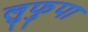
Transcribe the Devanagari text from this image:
लुफुपा